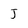
Character: J